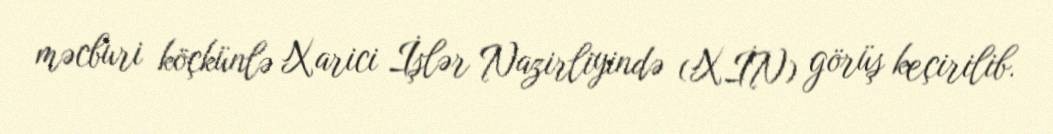
məcburi köçkünlə Xarici İşlər Nazirliyində (XİN) görüş keçirilib.